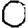
Digit: 0